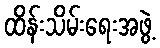
ထိန်းသိမ်းရေးအဖွဲ့